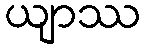
ယျာဿ